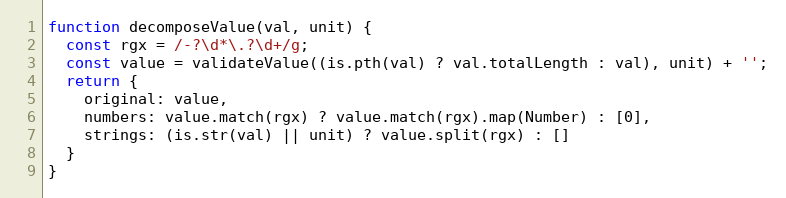
Language: JavaScript
function decomposeValue(val, unit) {
  const rgx = /-?\d*\.?\d+/g;
  const value = validateValue((is.pth(val) ? val.totalLength : val), unit) + '';
  return {
    original: value,
    numbers: value.match(rgx) ? value.match(rgx).map(Number) : [0],
    strings: (is.str(val) || unit) ? value.split(rgx) : []
  }
}